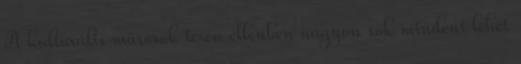
A kulturális műsorok terén ellenben nagyon sok mindent lehet